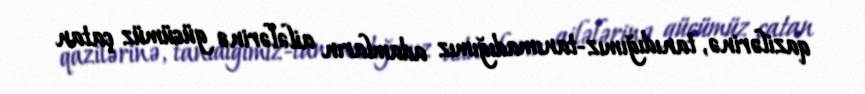
qazilərinə, tanıdığımız-tanımadığımız adamların ailələrinə gücümüz çatan